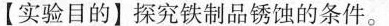
【实验目的】探究铁制品锈蚀的条件。